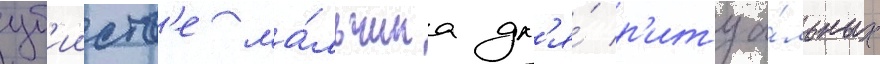
уб'ииств'е ма́льчика дл'я́ р'итуа́льных